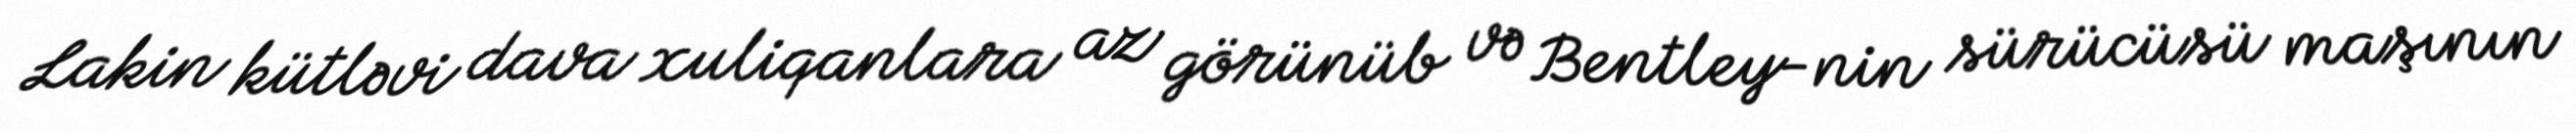
Lakin kütləvi dava xuliqanlara az görünüb və Bentley-nin sürücüsü maşının